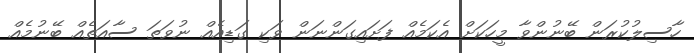
ހާސިލުކުރަން ބޭނުންވާ މީހަކަށް އެކަމެއް ފަށައިގަންނަން ވަކި ގަޑިއެއް ނުވަތަ ސާއަތެއް ބޭނުމެއް